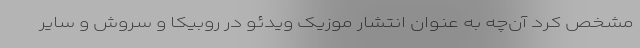
مشخص کرد آن‌چه به عنوان انتشار موزیک ویدئو در روبیکا و سروش و سایر